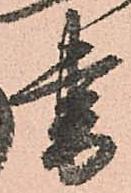
書